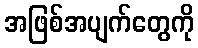
အဖြစ်အပျက်တွေကို